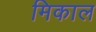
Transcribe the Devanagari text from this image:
मिकाल